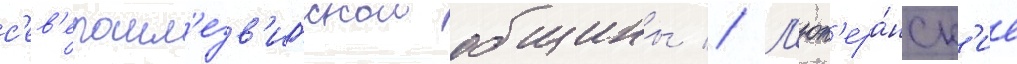
с'ев'ерошл'езв'игскои общины // Л'ют'ера́нск'ие